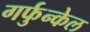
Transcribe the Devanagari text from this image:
गर्फुन्केल